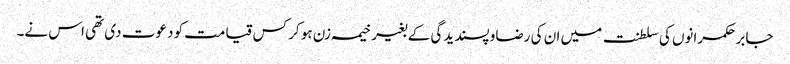
جابر حکمرانوں کی سلطنت میں ان کی رضاو پسندیدگی کے بغیر خیمہ زن ہو کر کس قیامت کو دعوت دی تھی اس نے۔